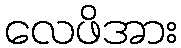
လေဖိအား